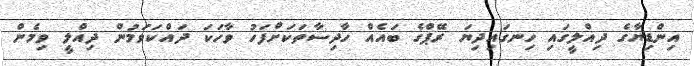
އިންޑިޔާގެ ދިއްލީގައި ހިނގައިދިޔަ ރޭޕްގެ ބައެއް ހާދިސާތަކަށްފަހު ވާހަކަ ދައްކަވަމުން ދިއްލީ ވިމެން